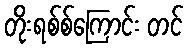
တိုးရစ်စ်ကြောင်း တင်